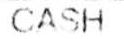
CASH